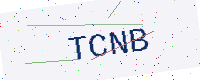
Text: TCNB